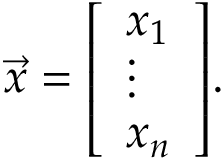
{ \vec { x } } = { \left[ \begin{array} { l } { x _ { 1 } } \\ { \vdots } \\ { x _ { n } } \end{array} \right] } .